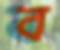
ব